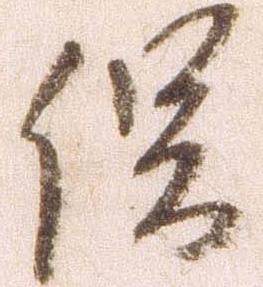
俣